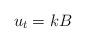
LaTeX: \begin{align*} u_t = k B \end{align*}